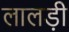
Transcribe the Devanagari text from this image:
लालड़ी